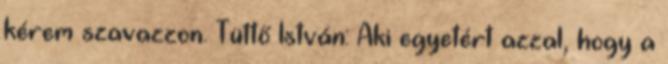
kérem szavazzon. Tüttő István: Aki egyetért azzal, hogy a